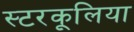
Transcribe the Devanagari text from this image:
स्टरकूलिया